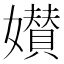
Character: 𡣶